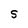
Character: S